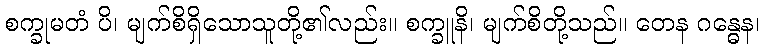
စက္ခုမတံ ပိ၊ မျက်စိရှိသောသူတို့၏လည်း။ စက္ခူနိ၊ မျက်စိတို့သည်။ တေန ဂန္ဓေန၊